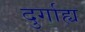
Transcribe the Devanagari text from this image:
दुर्गाह्य